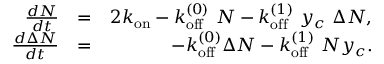
\begin{array} { r l r } { \frac { d N } { d t } } & { = } & { 2 k _ { \mathrm { o n } } - k _ { \mathrm { o f f } } ^ { ( 0 ) } \ N - k _ { \mathrm { o f f } } ^ { ( 1 ) } \ y _ { c } \ \Delta N , } \\ { \frac { d \Delta N } { d t } } & { = } & { - k _ { \mathrm { o f f } } ^ { ( 0 ) } \Delta N - k _ { \mathrm { o f f } } ^ { ( 1 ) } \ N y _ { c } . } \end{array}